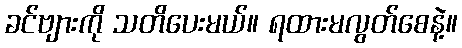
ခင်ဗျားကို သတိပေးမယ်။ ရထားမလွတ်စေနဲ့။